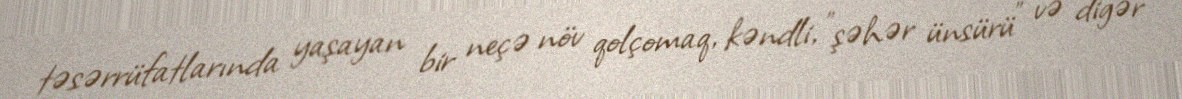
təsərrüfatlarında yaşayan bir neçə növ qolçomaq, kəndli, "şəhər ünsürü" və digər